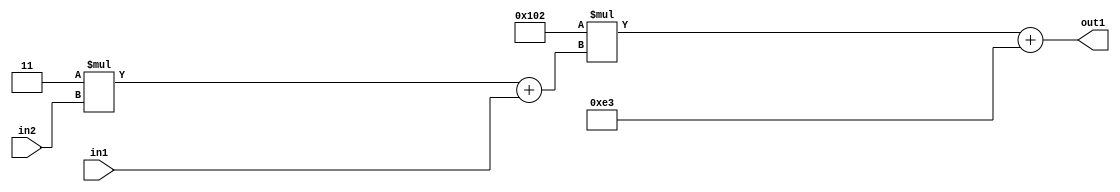
`timescale 1ps / 1ps
/*****************************************************************************
    Verilog RTL Description
    
    
    Created by: Stratus DpOpt 2019.1.01 
*******************************************************************************/

module DC_Filter_Add2i227Mul2i258Add2u1Mul2i3u2_1 (
	in2,
	in1,
	out1
	); /* architecture "behavioural" */ 
input [1:0] in2;
input  in1;
output [11:0] out1;
wire [11:0] asc001;
wire [3:0] asc002;

wire [3:0] asc002_tmp_0;
assign asc002_tmp_0 = 
	+(4'B0011 * in2);
assign asc002 = asc002_tmp_0
	+(in1);

wire [11:0] asc001_tmp_1;
assign asc001_tmp_1 = 
	+(12'B000100000010 * asc002);
assign asc001 = asc001_tmp_1
	+(12'B000011100011);

assign out1 = asc001;
endmodule

/* CADENCE  v7XxQgs= : u9/ySgnWtBlWxVPRXgAZ4Og= ** DO NOT EDIT THIS LINE ******/